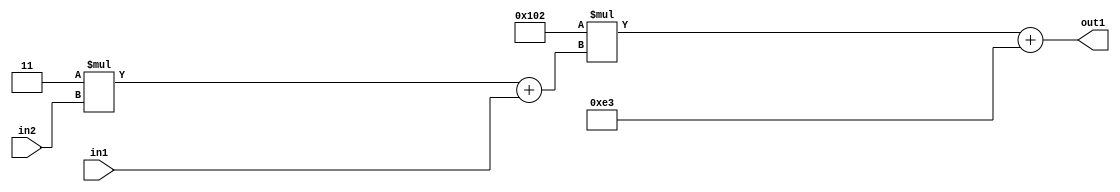
`timescale 1ps / 1ps
/*****************************************************************************
    Verilog RTL Description
    
    
    Created by: Stratus DpOpt 2019.1.01 
*******************************************************************************/

module DC_Filter_Add2i227Mul2i258Add2u1Mul2i3u2_1 (
	in2,
	in1,
	out1
	); /* architecture "behavioural" */ 
input [1:0] in2;
input  in1;
output [11:0] out1;
wire [11:0] asc001;
wire [3:0] asc002;

wire [3:0] asc002_tmp_0;
assign asc002_tmp_0 = 
	+(4'B0011 * in2);
assign asc002 = asc002_tmp_0
	+(in1);

wire [11:0] asc001_tmp_1;
assign asc001_tmp_1 = 
	+(12'B000100000010 * asc002);
assign asc001 = asc001_tmp_1
	+(12'B000011100011);

assign out1 = asc001;
endmodule

/* CADENCE  v7XxQgs= : u9/ySgnWtBlWxVPRXgAZ4Og= ** DO NOT EDIT THIS LINE ******/